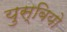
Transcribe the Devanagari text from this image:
युस्बियो